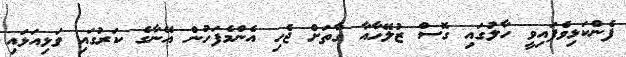
ފެންކަޅިވެފައިވީ ހާލުގައި ގޮސް ޒުލޭހާއާ ގާތަށް ޖެހި އެންމެފަހުން އޭނާގެ ކަރުގައި ވަޅިއަޅައި